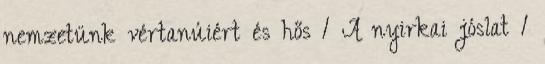
nemzetünk vértanúiért és hős 1 A nyirkai jóslat 1